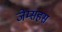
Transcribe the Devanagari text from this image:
जेम्सहस